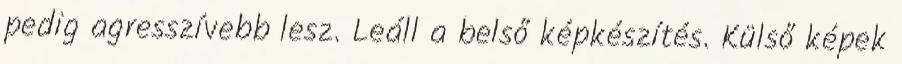
pedig agresszívebb lesz. Leáll a belső képkészítés. Külső képek